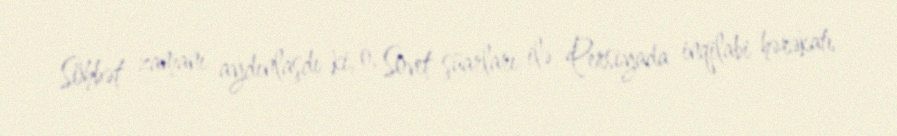
Söhbət zamanı aydınlaşdı ki, o, Sovet şüarları ilə Persiyada inqilabi hərəkatı